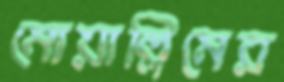
মোয়াল্লিমের